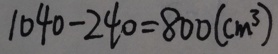
1 0 4 0 - 2 4 0 = 8 0 0 ( c m ^ { 3 } )